Scottish Leaving Certificate Examination, 1961
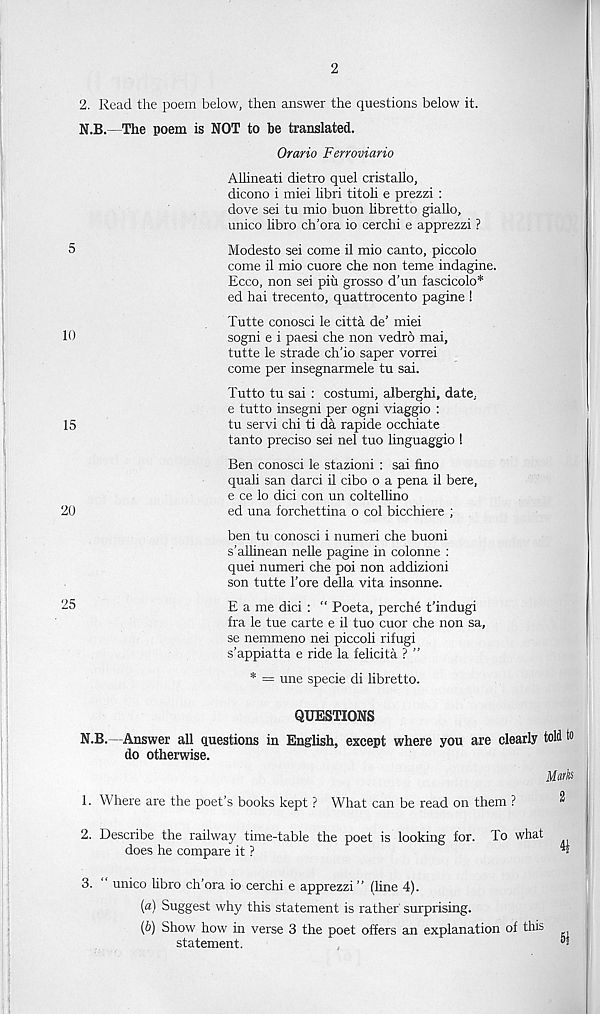
2
2. Read the poem below, then answer the questions below it.
N.B.—The poem is NOT to be translated.
Orario Ferroviario
Allineati dietro quel cristallo,
dicono i miei libri titoli e prezzi :
dove sei tu mio buon libretto giallo,
unico libro ch'ora io cerchi e apprezzi ?
5
Modesto sei come il mio canto, piccolo
come il mio cuore che non teme indagine.
Ecco, non sei piu grosso d’un fascicolo*
ed hai trecento, quattrocento pagine !
Tutte conosci le citta de’ miei
10
sogni e i paesi che non vedro mai,
tutte le strade ch’io saper vorrei
come per insegnarmele tu sai.
Tutto tu sai : costumi, alberghi, date,
e tutto insegni per ogni viaggio :
15
tu servi chi ti da rapide occhiate
tanto precise sei nel tuo linguaggio !
Ben conosci le stazioni : sai fino
quali san darci il cibo o a pena il here,
e ce lo dici con un coltellino
20
ed una forchettina o col bicchiere ;
ben tu conosci i numeri che buoni
s’allinean nelle pagine in colonne :
quei numeri che poi non addizioni
son tutte Tore della vita insonne.
25
E a me dici : “ Poeta, perche t’indugi
fra le tue carte e il tuo cuor che non sa,
se nemmeno nei piccoh rifugi
s’appiatta e ride la felicita ? ”
* = une specie di libretto.
QUESTIONS
N.B.—Answer all questions in English, except where you are clearly told to
do otherwise.
Marks
1. Where are the poet’s books kept ? What can be read on them ?
2. Describe the railway time-table the poet is looking for. To what
does he compare it ?
3. unico libro ch’ora io cerchi e apprezzi” (line 4).
(a) Suggest why this statement is rather surprising.
(b) Show how in verse 3 the poet offers an explanation of this
statement.